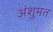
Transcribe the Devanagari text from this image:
अंशुमत